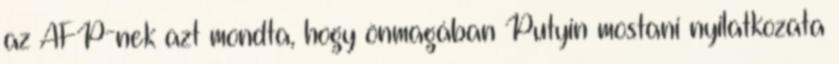
az AFP-nek azt mondta, hogy önmagában Putyin mostani nyilatkozata